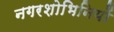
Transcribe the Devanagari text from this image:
नगरशोभिनियों